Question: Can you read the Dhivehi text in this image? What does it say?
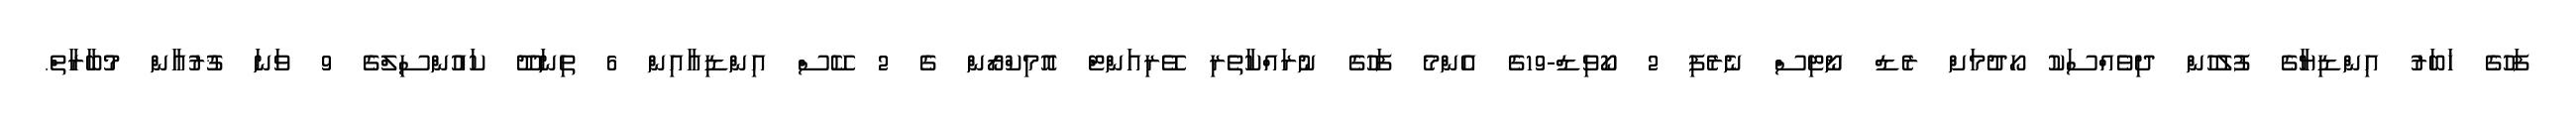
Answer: ފަހުގެ ޚަބަރު އިންޑިޔާގެ ފުލުހުން ދިވެއްސަކު ހޯދުމަށް ރެޑް ނޯޓިސް ނެރެފި 2 ކޯވިޑް-19ގެ އެންމެ ފަހުގެ ނުރައްކާތެރި ވޭރިއަންޓް އޮމިކްރޯން ގެ 2 ކޭސް އިންޑިއާއިން 6 ތިނަދޫ ކައުންސިލްގެ 9 ވަނަ ޤުރުއާން މުބާރާތް.